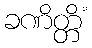
ခဏိတ္တိံ